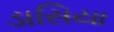
ડાસિયા